Leaving Certificate Examination (including Day School Certificate (Higher) General paper), 1933
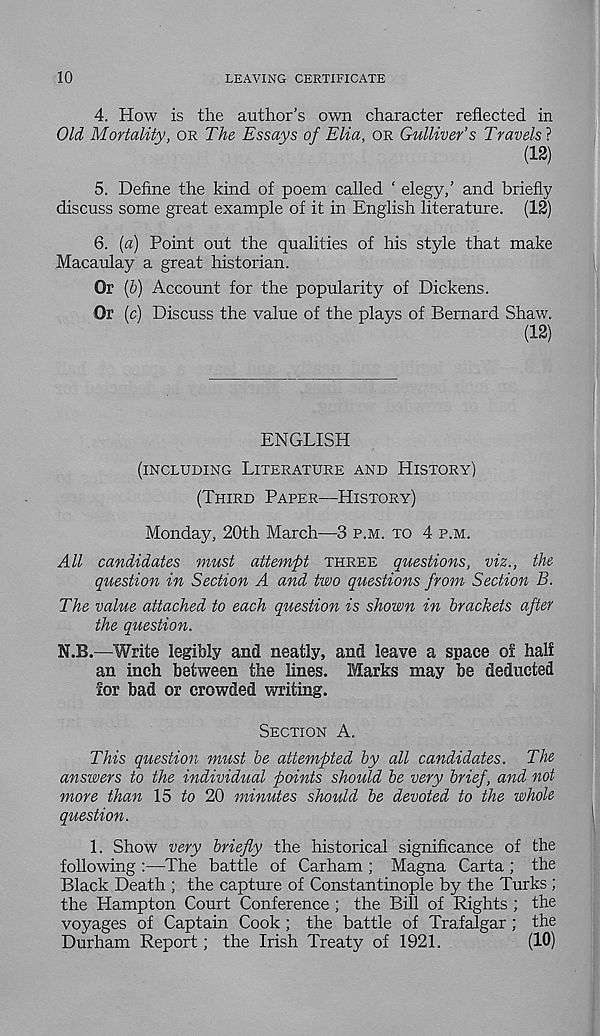
10
LEAVING CERTIFICATE
4. How is the author’s own character reflected in
Old Mortality, OR The Essays of Elia, OR Gulliver’s Travels'*
(12)
5. Define the kind of poem called ‘ elegy/ and briefly
discuss some great example of it in English literature. (12)
6. (a) Point out the qualities of his style that make
Macaulay a great historian.
Or (b) Account for the popularity of Dickens.
Or (c) Discuss the value of the plays of Bernard Shaw.
(12)
ENGLISH
(INCLUDING LITERATURE AND HISTORY)
(THIRD PAPER—HISTORY)
Monday, 20th March—3 P.M. TO 4 P.M.
All candidates must attempt THREE questions, viz., the
question in Section A and two questions from Section B.
The value attached to each question is shown in brackets after
the question.
N.B.—Write legibly and neatly, and leave a space oi halt
an inch between the lines. Marks may be deducted
lor bad or crowded writing.
SECTION A.
This question must be attempted by all candidates. The
answers to the individual points should be very brief, and not
more than 15 to 20 minutes should be devoted to the whole
question.
1. Show very briefly the historical significance of the
following :—The battle of Carham ; Magna Carta ; the
Black Death ; the capture of Constantinople by the Turks ;
the Hampton Court Conference ; the Bill of Rights ; the
voyages of Captain Cook ; the battle of Trafalgar; the
Durham Report; the Irish Treaty of 1921.
(10)